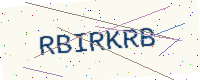
Text: RBIRKRB